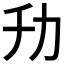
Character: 㔓